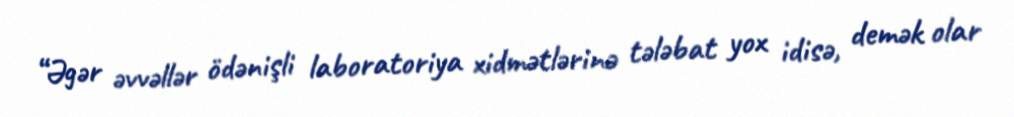
“Əgər əvvəllər ödənişli laboratoriya xidmətlərinə tələbat yox idisə, demək olar